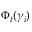
\Phi _ { t } ( \gamma _ { i } )